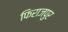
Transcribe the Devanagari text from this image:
फिराजपुर